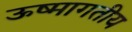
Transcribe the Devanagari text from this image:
ऊष्मागतीय